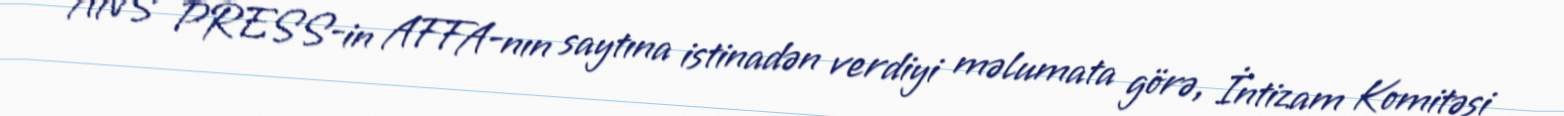
ANS PRESS-in AFFA-nın saytına istinadən verdiyi məlumata görə, İntizam Komitəsi